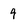
Character: 4